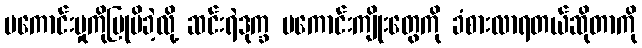
မကောင်းမှုကိုပြုမိခဲ့လို့ ဆင်းရဲဒုက္ခ မကောင်းကျိုးတွေကို ခံစားလာရတယ်ဆိုတာကို